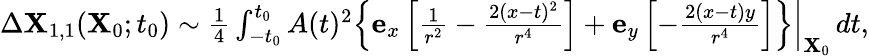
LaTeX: \begin{array}{r}{\Delta\mathbf{X}_{1,1}(\mathbf{X}_{0};t_{0})\sim\frac{1}{4}\int_{-t_{0}}^{t_{0}}A(t)^{2}\left.\left\{ \mathbf{e}_{x}\left[\frac{1}{r^{2}}-\frac{2(x-t)^{2}}{r^{4}}\right]+\mathbf{e}_{y}\left[-\frac{2(x-t)y}{r^{4}}\right]\right\} \right\vert_{\mathbf{X}_{0}}\, dt,}\end{array}